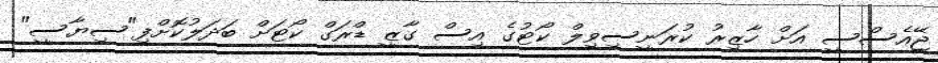
ޖޭއެސްސީ އަށް ހާޒިރު ކުރަނީސިވިލް ކޯޓުގެ އިސް ގާޒީ ޑްރަގް ކޯޓަށް ބަދަލުކޮށްފި"ސިޔާސީ"